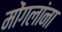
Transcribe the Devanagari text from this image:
मोंगलांना